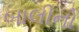
બાલીનો